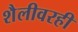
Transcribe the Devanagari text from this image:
शैलीवरही